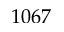
1 0 6 7